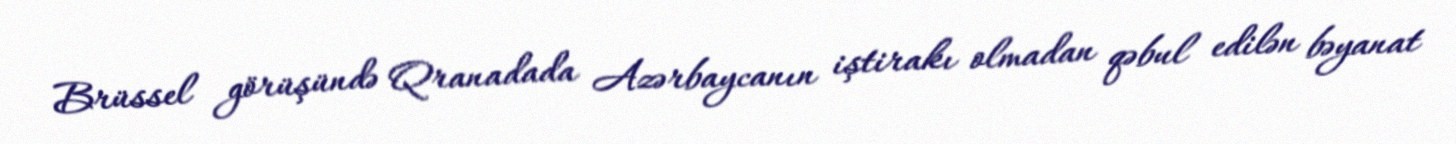
Brüssel görüşündə Qranadada Azərbaycanın iştirakı olmadan qəbul edilən bəyanat